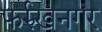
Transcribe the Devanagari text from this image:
फर्रुखनगर